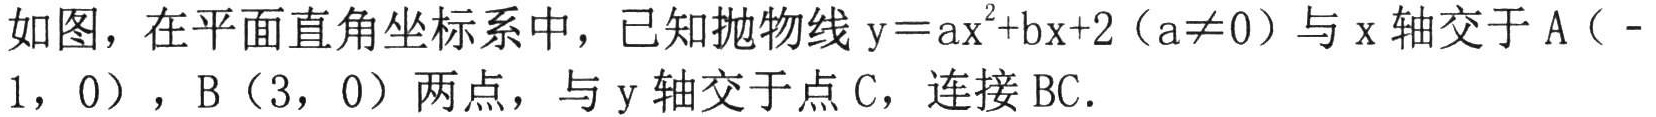
如图，在平面直角坐标系中，已知抛物线$\mathrm{y}=a\mathrm{x}^{2}+b\mathrm{x}+2（a\neq0）$与$\mathrm{x}$轴交于$\mathrm{A}（ - 1，0）$，$\mathrm{B}（3，0）$两点，与$\mathrm{y}$轴交于点$\mathrm{C}$，连接$\mathrm{BC}$．